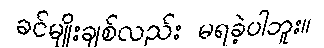
ခင်မျိုးချစ်လည်း မရခဲ့ပါဘူး။